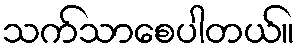
သက်သာစေပါတယ်။